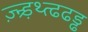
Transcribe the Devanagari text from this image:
ज़्न्र्ड़थ्त्ढढड्ढ